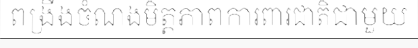
ពង្រឹងចំណងមិត្តភាពការពារជាតិជាមួយ